Annual administration report of the Civil Veterinary Department, Ajmere-Merwara, British Rajputana - 1914-1940
Year: 1914
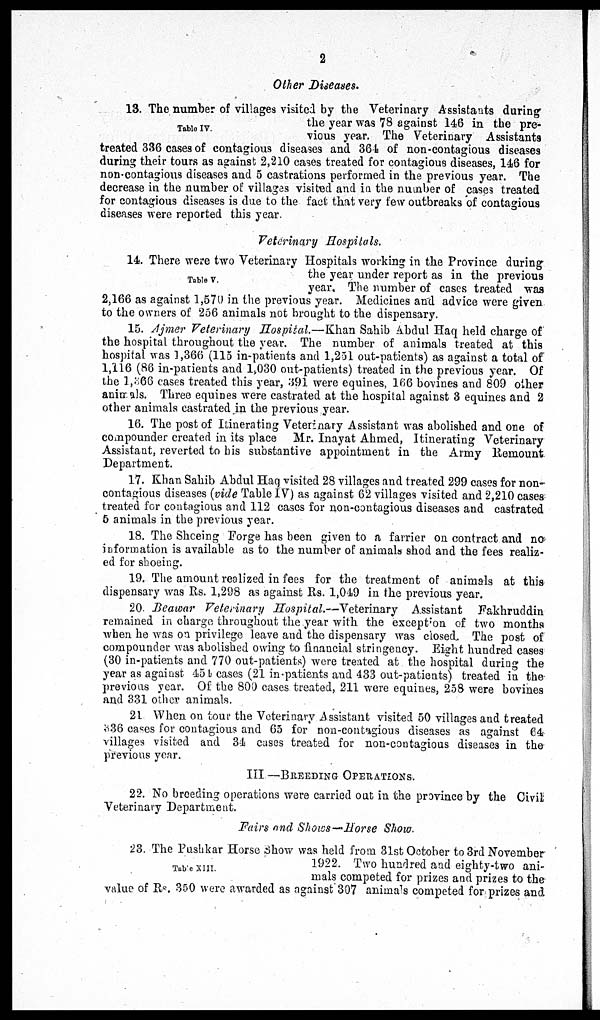
2
Other Diseases.
Table IV.
13. The number of villages visited by the Veterinary Assistants during
the year was 78 against 146 in the pre-
vious year. The Veterinary Assistants
treated 336 cases of contagious diseases and 364 of non-contagious diseases
during their tours as against 2,210 cases treated for contagious diseases, 146 for
non-contagious diseases and 5 castrations performed in the previous year. The
decrease in the number of villages visited and in the number of cases treated
for contagious diseases is due to the fact that very few outbreaks of contagious
diseases were reported this year.
Veterinary Hospitals.
Table V.
14. There were two Veterinary Hospitals working in the Province during
the year under report as in the previous
year. The number of cases treated was
2,166 as against 1,570 in the previous year. Medicines and advice were given
to the owners of 256 animals not brought to the dispensary.
15. Ajmer Veterinary Hospital.—Khan Sahib Abdul Haq held charge of
the hospital throughout the year. The number of animals treated at this
hospital was 1,366 (115 in-patients and 1,251 out-patients) as against a total of
1,116 (86 in-patients and 1,030 out-patients) treated in the previous year. Of
the l,366 cases treated this year, 391 were equines, 166 bovines and 809 other
animals. Three equines were castrated at the hospital against 3 equines and 2
other animals castrated in the previous year.
16. The post of Itinerating Veterinary Assistant was abolished and one of
compounder created in its place Mr. Inayat Ahmed, Itinerating Veterinary
Assistant, reverted to his substantive appointment in the Army Remount
Department.
17. Khan Sahib Abdul Haq visited 28 villages and treated 299 cases for non-
contagious diseases (vide Table IV) as against 62 villages visited and 2,210 cases
treated for contagious and 112 cases for non-contagious diseases and castrated
5 animals in the previous year.
18. The Shceing Forge has been given to a farrier on contract and no
information is available as to the number of animals shod and the fees realiz-
ed for shoeing.
19. The amount realized in fees for the treatment of animals at this
dispensary was Rs. 1,298 as against Rs. 1,049 in the previous year.
20. Beawar Veterinary Hospital.—Veterinary
Assistant Fakhruddin
remained in charge throughout the year with the exception of two months
when he was on privilege leave and the dispensary was closed. The post of
compounder was abolished owing to financial stringency. Eight hundred cases
(30 in-patients and 770 out-patients) were treated at the hospital during the
year as against 454 cases (21 in-patients and 433 out-patients) treated in the
previous year. Of the 800 cases treated, 211 were equines, 258 were bovines
and 331 other animals.
21 When on tour the Veterinary Assistant visited 50 villages and treated
336 cases for contagious and 65 for non-contagious diseases as against 64
villages visited and 34 cases treated for non-contagious diseases in the
previous year.
III—BREEDING OPERATIONS.
22. No breeding operations were carried out in the province by the Civil
Veterinary Department.
Fairs and Shows—Horse Show.
Table XIII.
23. The Pushkar Horse Show was held from 31st October to 3rd November
1922. Two hundred and eighty-two ani-
mals competed for prizes and prizes to the
value of Rs. 350 were awarded as against 307 animals competed for prizes and